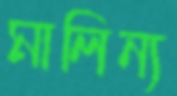
মালিন্য